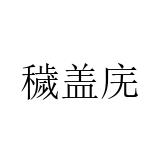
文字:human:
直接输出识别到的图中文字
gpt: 穢盖庑